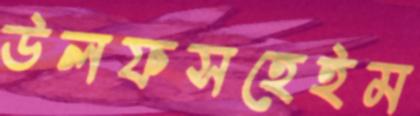
উলফসহেইম